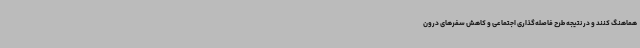
هماهنگ کنند و در نتیجه طرح فاصله‌گذاری اجتماعی و کاهش سفرهای درون